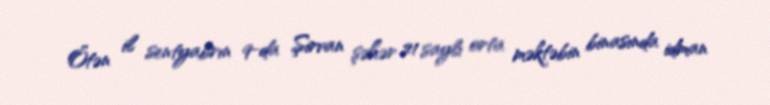
Ötən il sentyabrın 9-da Şirvan şəhər 21 saylı orta məktəbin binasında idman